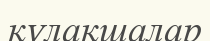
құлақшалар